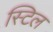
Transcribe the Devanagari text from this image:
स्‍टिल